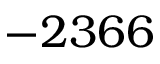
- 2 3 6 6